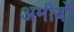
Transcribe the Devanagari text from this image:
अमीबों